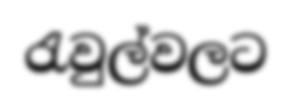
රැවුල්වලට